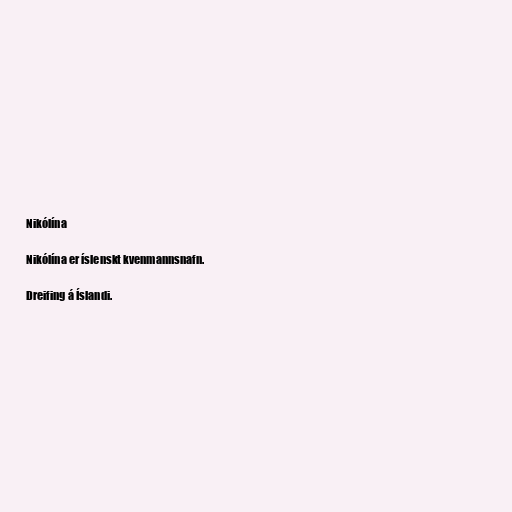
Nikólína

Nikólína er íslenskt kvenmannsnafn.

Dreifing á Íslandi.